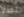
بطلا